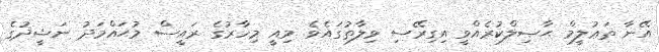
އޭނާ ތަޢުލީމް ޙާޞިލްކުރެއްވީ އިގިރޭސި ވިލާތުގައެވެ. މިއީ މިހާރުގެ ރައީސް މުޙައްމަދު ނަޝީދުގެ